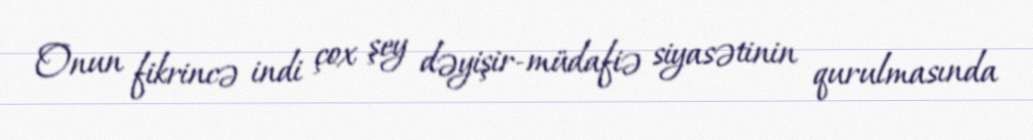
Onun fikrincə indi çox şey dəyişir-müdafiə siyasətinin qurulmasında